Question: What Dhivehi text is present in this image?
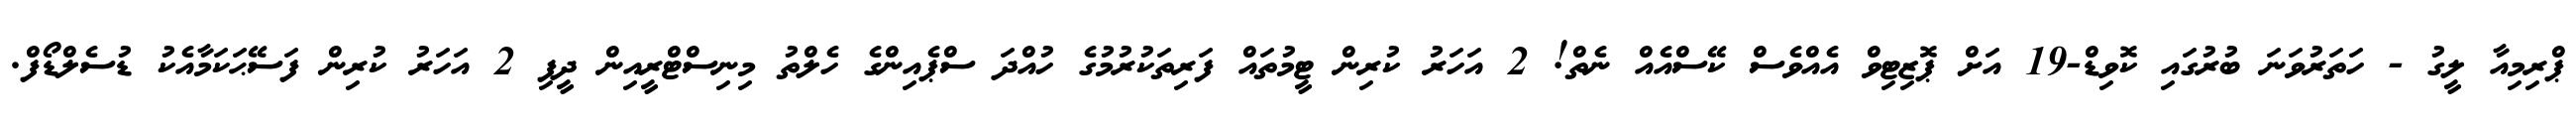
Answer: ޕްރިމިއާ ލީގު - ހަތަރުވަނަ ބުރުގައި ކޮވިޑް-19 އަށް ޕޮޒިޓިވް އެއްވެސް ކޭސްއެއް ނެތް! 2 އަހަރު ކުރިން ޓީމުތައް ފަރިތަކުރުމުގެ ހުއްދަ ސްޕެއިންގެ ހެލްތު މިނިސްޓްރީއިން ދީފި 2 އަހަރު ކުރިން ފަސޭޙަކަމާއެކު ޑުސެލްޑޯފް.